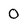
Character: 0